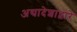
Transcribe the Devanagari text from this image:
अद्यादेशाद्वारे